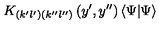
K _ { \left( k ^ { \prime } l ^ { \prime } \right) \left( k ^ { \prime \prime } l ^ { \prime \prime } \right) } \left( y ^ { \prime } , y ^ { \prime \prime } \right) \left\langle \Psi | \Psi \right\rangle